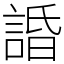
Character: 諙